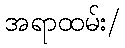
အရာထမ်း/